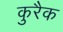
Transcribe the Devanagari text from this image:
कुरैक